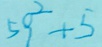
5 9 ^ { 2 } + 5